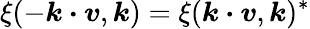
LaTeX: {\xi(-\boldsymbol{k\cdot v},\boldsymbol{k})=\xi(\boldsymbol{k\cdot v},\boldsymbol{k})^{*}}